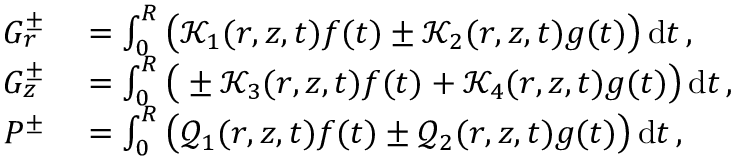
\begin{array} { r l } { G _ { r } ^ { \pm } } & { { } = \int _ { 0 } ^ { R } \big ( \mathcal { K } _ { 1 } ( r , z , t ) f ( t ) \pm \mathcal { K } _ { 2 } ( r , z , t ) g ( t ) \big ) \, \mathrm { d } t \, , } \\ { G _ { z } ^ { \pm } } & { { } = \int _ { 0 } ^ { R } \big ( \pm \mathcal { K } _ { 3 } ( r , z , t ) f ( t ) + \mathcal { K } _ { 4 } ( r , z , t ) g ( t ) \big ) \, \mathrm { d } t \, , } \\ { P ^ { \pm } } & { { } = \int _ { 0 } ^ { R } \big ( \mathcal { Q } _ { 1 } ( r , z , t ) f ( t ) \pm \mathcal { Q } _ { 2 } ( r , z , t ) g ( t ) \big ) \, \mathrm { d } t \, , } \end{array}